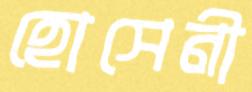
হোসেনী